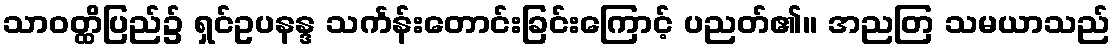
သာဝတ္ထိပြည်၌ ရှင်ဥပနန္ဒ သင်္ကန်းတောင်းခြင်းကြောင့် ပညတ်၏။ အညတြ သမယာသည်